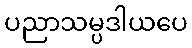
ပညာသမ္ပဒါယပေ